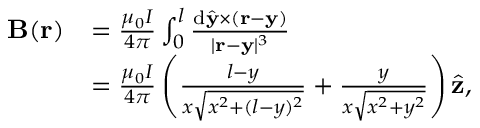
\begin{array} { r l } { \mathbf { B } ( \mathbf { r } ) } & { = \frac { \mu _ { 0 } I } { 4 \pi } \int _ { 0 } ^ { l } \frac { \mathrm { d } \hat { \mathbf { y } } \times ( \mathbf { r } - \mathbf { y } ) } { | \mathbf { r } - \mathbf { y } | ^ { 3 } } } \\ & { = \frac { \mu _ { 0 } I } { 4 \pi } \left( \frac { l - y } { x \sqrt { x ^ { 2 } + ( l - y ) ^ { 2 } } } + \frac { y } { x \sqrt { x ^ { 2 } + y ^ { 2 } } } \right) \hat { \mathbf { z } } , } \end{array}